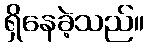
ရှိနေခဲ့သည်။